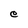
Character: e